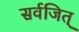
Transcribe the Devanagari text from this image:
सर्वजित्